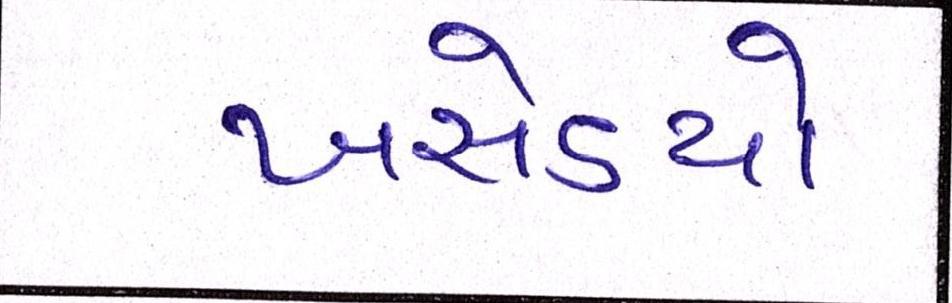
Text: ખસેડયો